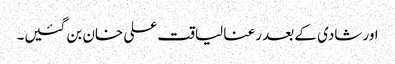
اور شادی کے بعد رعنا لیاقت علی خان بن گئیں۔